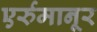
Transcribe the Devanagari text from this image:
एर्रुमानूर